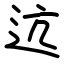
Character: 迒